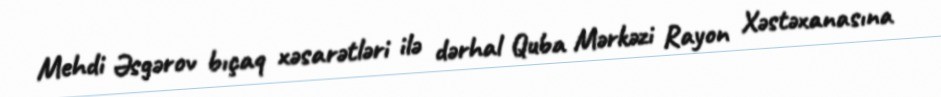
Mehdi Əsgərov bıçaq xəsarətləri ilə dərhal Quba Mərkəzi Rayon Xəstəxanasına